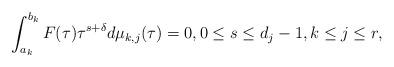
LaTeX: \begin{align*} \int_{a_k}^{b_k}F(\tau)\tau^{s+\delta}d\mu_{k,j}(\tau)=0,0\leq s\leq d_j-1,k\leq j\leq r,\end{align*}